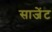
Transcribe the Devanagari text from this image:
साजेंट